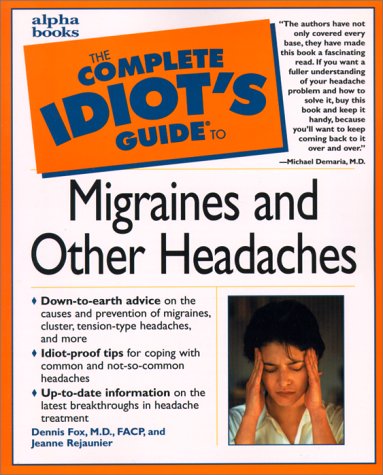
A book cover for Complete Idiot's Guide to Migraines and Other Headaches; Jeanne Rejaunier; Health, Fitness & Dieting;